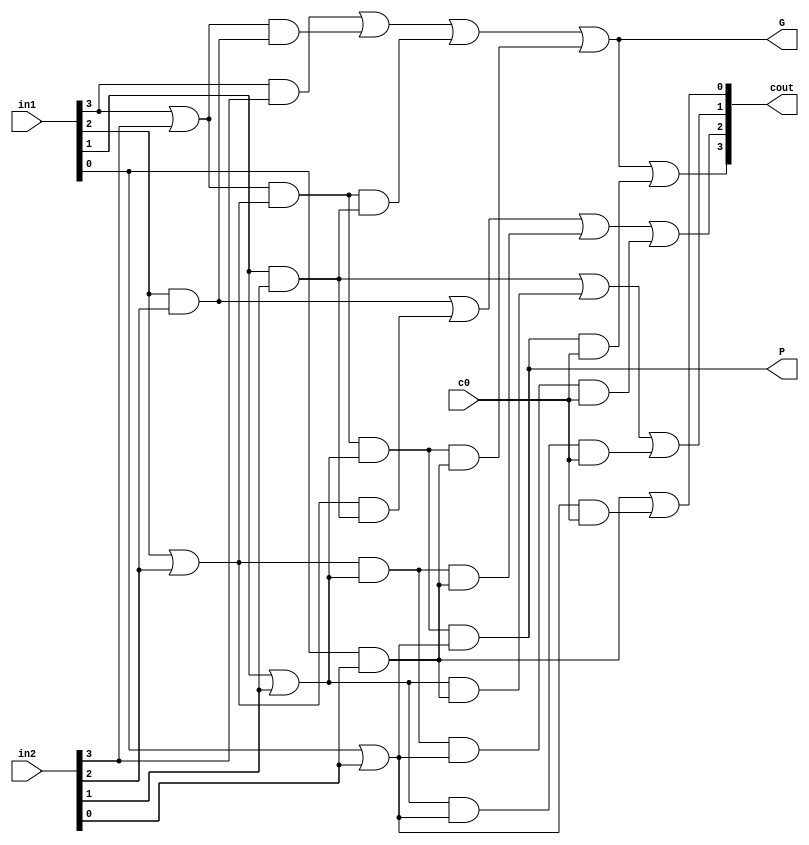
module cla4bit(in1, in2, c0, cout, P, G);

	/* Carry-lookahead that finds each internal carry and c4 based on the operands being added*/

	input[3:0] in1, in2; // data operands
	input c0; // carry-in (c0);
	output[3:0] cout; // carry-out using cla - bus represents c1:c4
	output P, G;
	
	/* Declare wires for cout calculation */
	wire g3, g2, g1, g0, p3, p2, p1, p0; // basic generate/propagate
	wire p0c0; // g/p combos for c1
	wire p1g0, p1p0c0; // g/p combos for c2
	wire p2g1, p2p1g0, p2p1p0c0; // g/p combos for c3
	wire p3g2, p3p2g1, p3p2p1g0, p3p2p1p0c0; // generate/propagate combos for c4
	
	/* Wire each propagate and generate */
	
	and andg3(g3,in1[3],in2[3]);
	or orp3(p3, in1[3],in2[3]);
	and andg2(g2, in1[2],in2[2]);
	or orp2(p2,in1[2],in2[2]);
	and andg1(g1,in1[1],in2[1]);
	or orp1(p1,in1[1],in2[1]);
	and andg0(g0,in1[0],in2[0]);
	or org0(p0,in1[0],in2[0]);
	
	/* Calculate c1 */
	
	and andp0c0(p0c0, p0, c0);
	or orc1(cout[0], g0, p0c0);
	
	/* Calculate c2 */
	
	and andp1g0(p1g0, p1, g0);
	and andp1p0c0(p1p0c0, p1, p0, c0);
	or orc2(cout[1], g1, p1g0, p1p0c0);
	
	/* Calculate c3 */
	
	and andp2g1(p2g1, p2, g1);
	and andp2p1g0(p2p1g0, p2, p1, g0);
	and andp2p1p0c0(p2p1p0c0, p2, p1, p0, c0);
	or orc3(cout[2], g2, p2g1, p2p1g0, p2p1p0c0);
	
	/* Calculate carry-out (c4) */
	
	and andp3g2(p3g2, p3, g2);
	and andp3p2g1(p3p2g1, p3, p2, g1);
	and andp3p2p1g0(p3p2p1g0, p3, p2, p1, g0);
	and andp3p2p1p0c0(p3p2p1p0c0, p3, p2, p1, p0, c0);
	or orc4(cout[3], g3, p3g2, p3p2g1, p3p2p1g0, p3p2p1p0c0);
	
	/* Calculate P and G */
	and andP(P, p3, p2, p1, p0);
	or orG(G, g3, p3g2, p3p2g1, p3p2p1g0);

endmodule